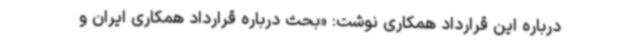
درباره این قرارداد همکاری نوشت: «بحث درباره قرارداد همکاری ایران و